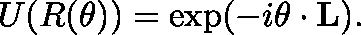
U ( R ( \mathbf { \theta } ) ) = \exp ( - i \mathbf { \theta } \cdot \mathbf { L } ) .